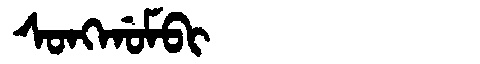
Manchu: ᠰᠣᠩᡤᠣᠮᠪᡳ
Romanization: SONGGOMBI